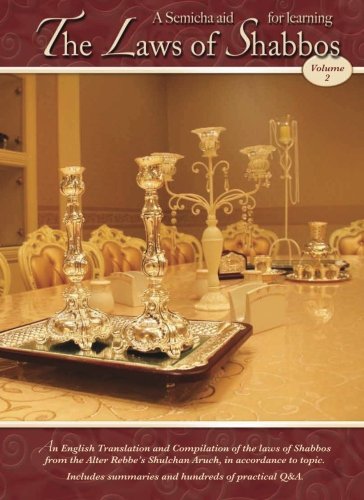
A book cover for Semicha aid for learning the Laws of Shabbos Volume 2; Rabbi Yaakov Goldstein; Religion & Spirituality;